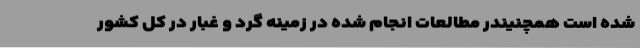
شده است همچنیندر مطالعات انجام شده در زمینه گرد و غبار در کل کشور